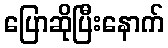
ပြောဆိုပြီးနောက်